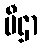
ပီဌာ